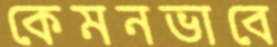
কেমনভাবে